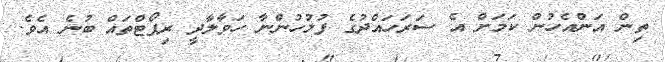
ތިން އަންއެހުން ކަމަށް އެ ސަރަހައްދުގެ ފުލުހުންނާ ހަވާލާދީ ރިޕޯޓްތައް ބުނެ އެވެ.